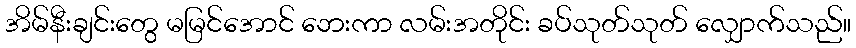
အိမ်နီးချင်းတွေ မမြင်အောင် ဘေးကာ လမ်းအတိုင်း ခပ်သုတ်သုတ် လျှောက်သည်။